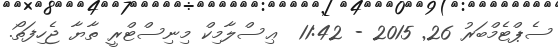
ސެޕްޓެމްބަރު 26